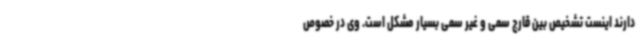
دارند اینست تشخیص بین قارچ سمی و غیر سمی بسیار مشکل است. وی در خصوص